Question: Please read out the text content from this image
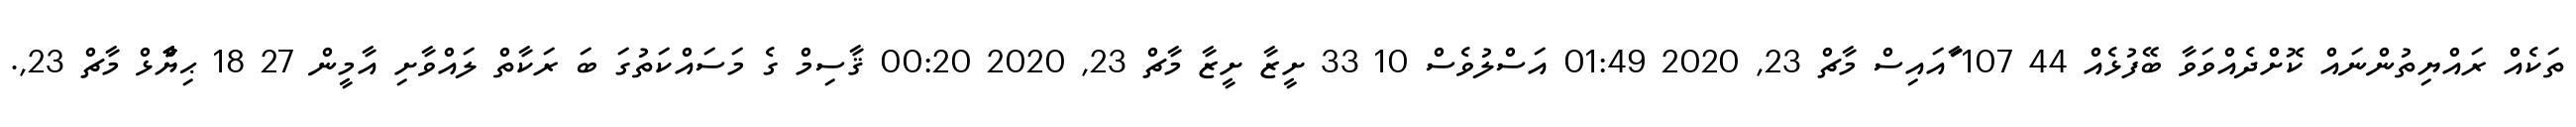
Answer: ތަކެއް ރައްޔިތުންނައް ކޮށްދެއްވަވާ ބޭފުޅެއް 44 107 ާައައިސް މާޗް 23, 2020 01:49 އަސްލުވެސް 10 33 ށީޒާ ށީޒާ މާޗް 23, 2020 00:20 ޤާސިމް ގެ މަސައްކަތުގަ ބަ ރަކާތް ލައްވާށި އާމީން 27 18 ޙިޔާާްްޅް މާޗް 23,.